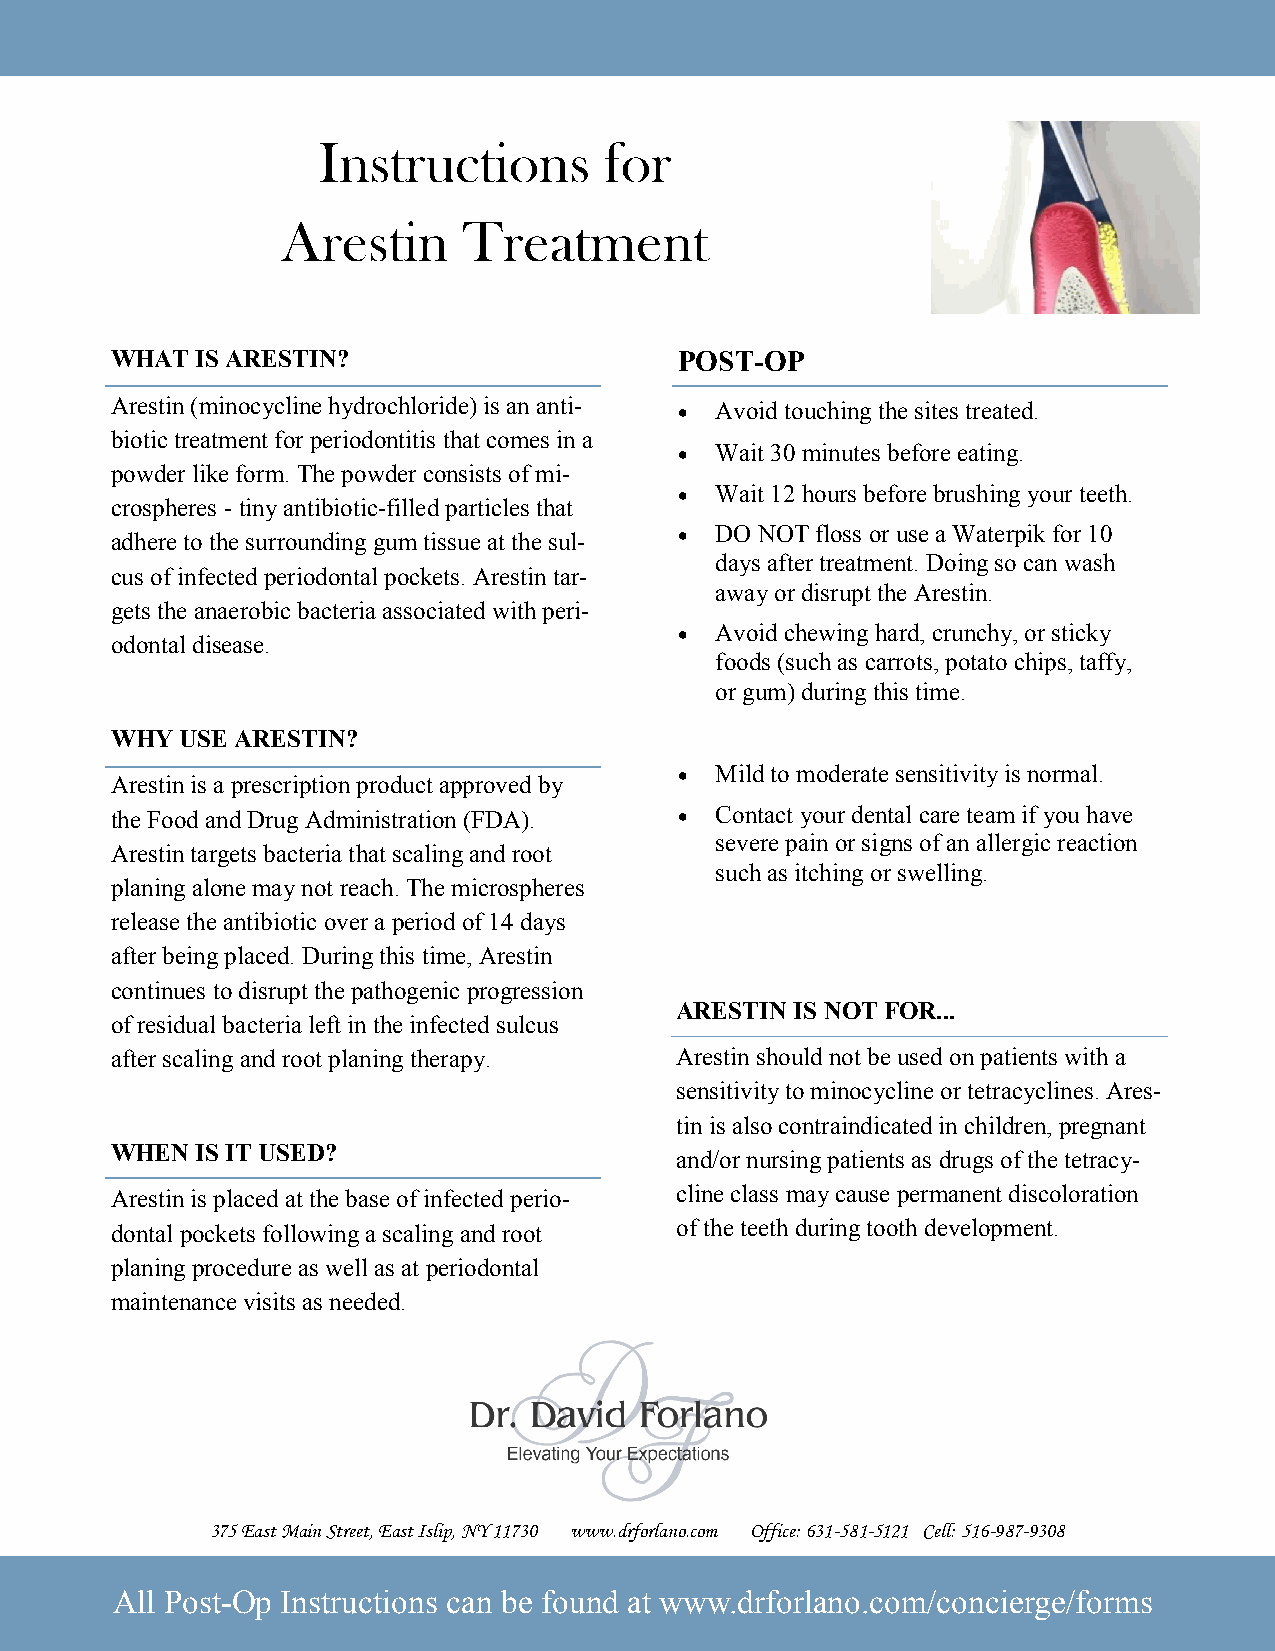
Instructions       for
 Arestin     Treatment
 WHAT  IS ARESTIN?                     POST-OP
 Arestin (minocycline hydrochloride) is an anti- • Avoid touching the sites treated.
 biotic treatment for periodontitis that comes in a
 • Wait 30 minutes before eating.
 powder like form. The powder consists of mi-
 • Wait 12 hours before brushing your teeth.
 crospheres - tiny antibiotic-filled particles that
 adhere to the surrounding gum tissue at the sul- • DO NOT floss or use a Waterpik for 10
 days after treatment. Doing so can wash
 cus of infected periodontal pockets. Arestin tar-
 away or disrupt the Arestin.
 gets the anaerobic bacteria associated with peri-
 • Avoid chewing hard, crunchy, or sticky
 odontal disease.
 foods (such as carrots, potato chips, taffy,
 or gum) during this time.
 WHY  USE ARESTIN?
 • Mild to moderate sensitivity is normal.
 Arestin is a prescription product approved by
 the Food and Drug Administration (FDA). • Contact your dental care team if you have
 severe pain or signs of an allergic reaction
 Arestin targets bacteria that scaling and root
 such as itching or swelling.
 planing alone may not reach. The microspheres
 release the antibiotic over a period of 14 days
 after being placed. During this time, Arestin
 continues to disrupt the pathogenic progression
 ARESTIN IS NOT FOR...
 of residual bacteria left in the infected sulcus
 after scaling and root planing therapy. Arestin should not be used on patients with a
 sensitivity to minocycline or tetracyclines. Ares-
 tin is also contraindicated in children, pregnant
 WHEN  IS IT USED?                     and/or nursing patients as drugs of the tetracy-
 Arestin is placed at the base of infected perio- cline class may cause permanent discoloration
 dontal pockets following a scaling and root of the teeth during tooth development.
 planing procedure as well as at periodontal
 maintenance visits as needed.
 375 East Main Street, East Islip, NY 11730 www.drforlano.com Office: 631-581-5121 Cell: 516-987-9308
 All Post-Op Instructions can be found at www.drforlano.com/concierge/forms